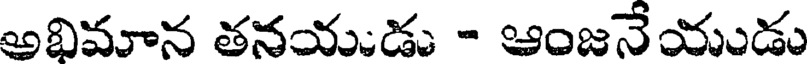
అభిమాన తనయుడు - ఆంజనేయుడు